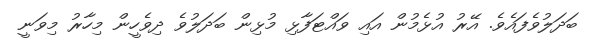
ބަދަލުވެފައެވެ. އޭރު އުޅެމުން އައި ވައްޓަފާޅި މުޅިން ބަދަލުވެ ދިވެހީން މިިހާރު މިވަނީ